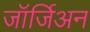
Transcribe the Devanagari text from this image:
जॉर्जिअन